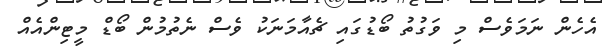
އެހެން ނަމަވެސް މި ވަގުތު ބޯޑުގައި ޗެއާމަނަކު ވެސް ނެތުމުން ބޯޑް މީޓިންއެއް